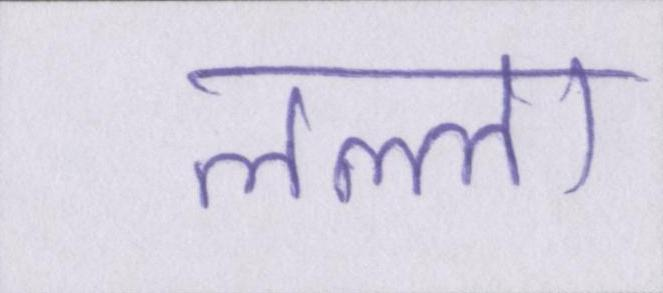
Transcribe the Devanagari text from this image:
लल्ला